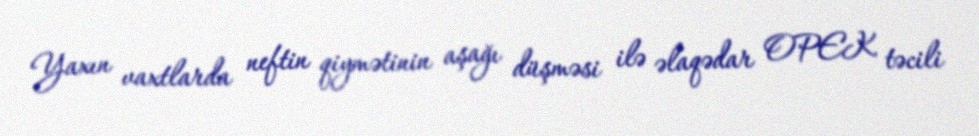
Yaxın vaxtlarda neftin qiymətinin aşağı düşməsi ilə əlaqədar OPEK təcili